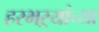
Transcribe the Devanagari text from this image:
हरभऱ्यांच्या